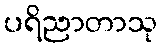
ပရိညာတာသု